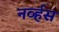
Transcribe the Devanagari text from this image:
नव्‍र्हस